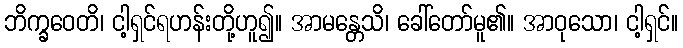
ဘိက္ခဝေတိ၊ ငါ့ရှင်ရဟန်းတို့ဟူ၍။ အာမန္တေသိ၊ ခေါ်တော်မူ၏။ အာဝုသော၊ ငါ့ရှင်။